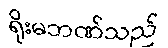
ရိုးမဘဏ်သည်